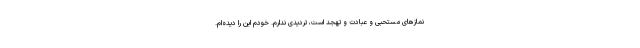
نمازهای مستحبی و عبادت و تهجد است، تردیدی ندارم. خودم این را دیده‌ام.